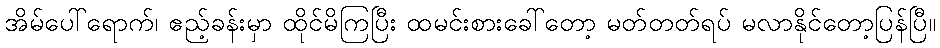
အိမ်ပေါ်ရောက်၊ ဧည့်ခန်းမှာ ထိုင်မိကြပြီး ထမင်းစားခေါ်တော့ မတ်တတ်ရပ် မလာနိုင်တော့ပြန်ပြီ။